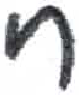
אות: ח